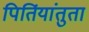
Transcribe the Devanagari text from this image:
पितिंयांतुता